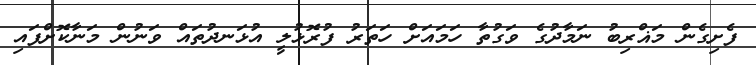
ފެށިގެން މަޣްރިބު ނަމާދުގެ ވަގުތާ ހަމައަށް ހަތަރު ފުރޮޅުލީ އުޅަނދުތައް ވަނުން މަނާކޮށްފައި